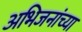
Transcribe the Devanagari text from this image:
अभिजनांच्या